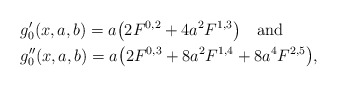
\begin{align*}&g'_0(x,a,b)=a\bigl(2F^{0,2}+4a^2F^{1,3}\bigr)\quad\mbox{and}\\&g''_0(x,a,b)=a\bigl(2F^{0,3}+8a^2F^{1,4}+8a^4F^{2,5}\bigr),\qquad\qquad\qquad\end{align*}